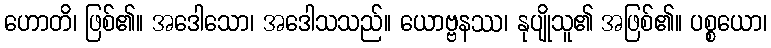
ဟောတိ၊ ဖြစ်၏။ အဒေါသော၊ အဒေါသသည်။ ယောဗ္ဗနဿ၊ နုပျိုသူ၏ အဖြစ်၏။ ပစ္စယော၊